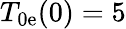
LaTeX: T_{0\mathrm{e}}(0)=5